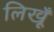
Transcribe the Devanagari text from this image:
लिखूँ